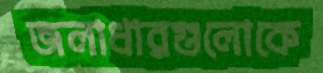
জলাধারগুলোকে